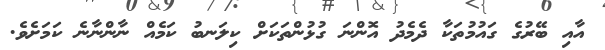
އާއި ބޭރުގެ ގައުމުތަކާ ދެމެދު އޮންނަ ގުޅުންތަކަށް ކިލަނބު ކަމެއް ނާންނާނެ ކަމަށެވެ.